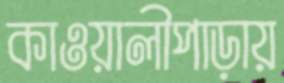
কাওয়ালীপাড়ায়